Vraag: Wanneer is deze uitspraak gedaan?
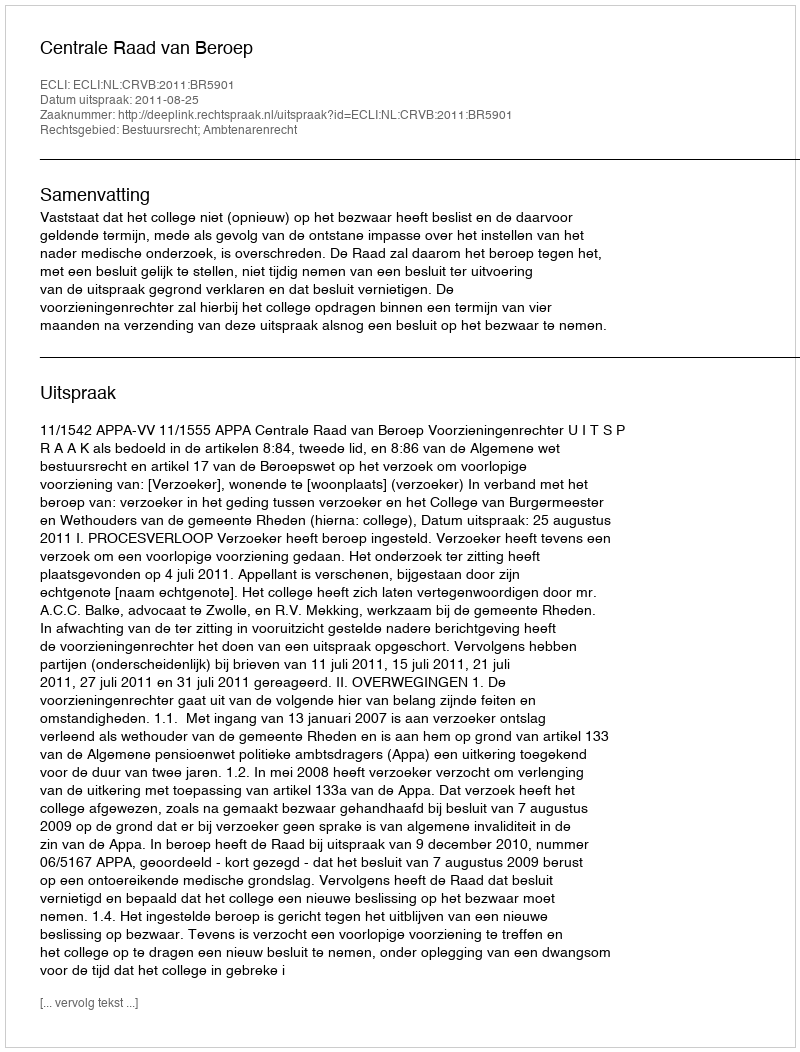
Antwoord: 2011-08-25